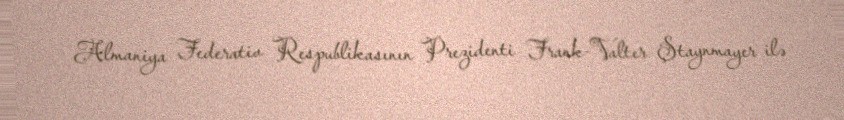
Almaniya Federativ Respublikasının Prezidenti Frank-Valter Ştaynmayer ilə